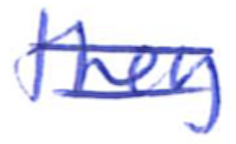
Text: they
Cross-out: double-line
Writing tool: ballpoint